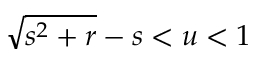
\sqrt { s ^ { 2 } + r } - s < u < 1